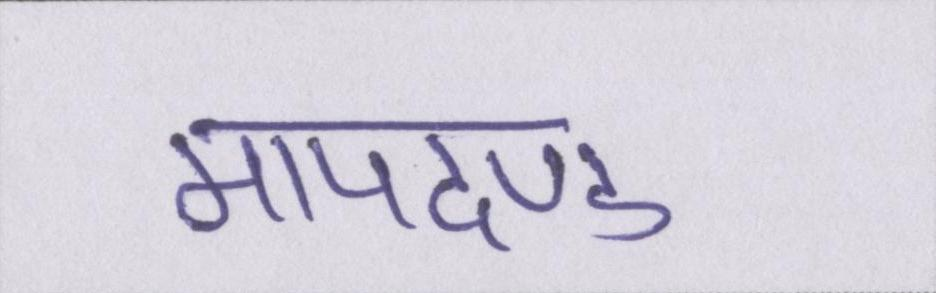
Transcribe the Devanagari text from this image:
मापदण्ड